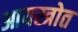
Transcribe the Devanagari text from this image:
आयस्त्रोत